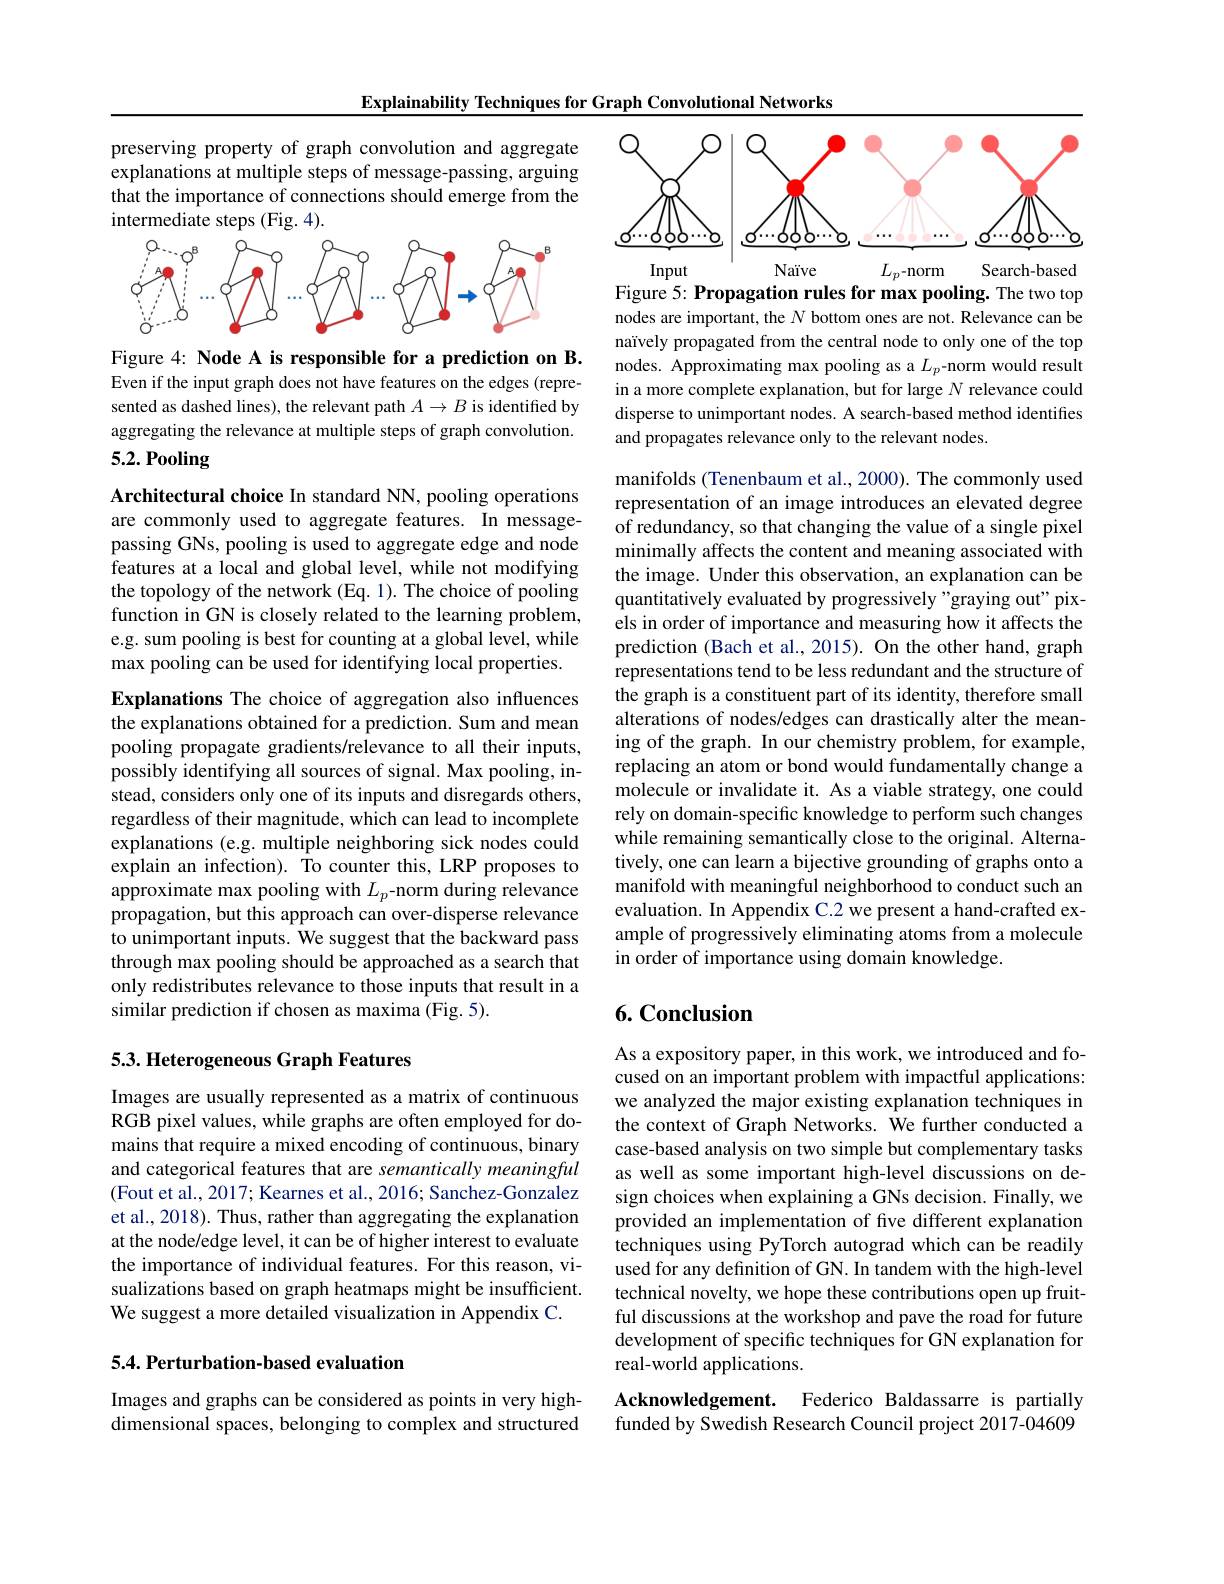
Explainability Techniques for Graph Convolutional Networks

preserving property of graph convolution and aggregate explanations at multiple steps of message-passing, arguing that the importance of connections should emerge from the intermediate steps (Fig. 4).

<FigureHere>

Figure 4: Node A is responsible for a prediction on B. Even if the input graph does not have features on the edges (represented as dashed lines), the relevant path $A\to B$ is identified by aggregating the relevance at multiple steps of graph convolution.

# 5.2. Pooling

Architectural choice In standard NN, pooling operations are commonly used to aggregate features. In messagepassing GNs, pooling is used to aggregate edge and node features at a local and global level, while not modifying the topology of the network (Eq. 1). The choice of pooling function in GN is closely related to the learning problem, e.g. sum pooling is best for counting at a global level, while max pooling can be used for identifying local properties.

Explanations The choice of aggregation also influences the explanations obtained for a prediction. Sum and mean pooling propagate gradients/relevance to all their inputs, possibly identifying all sources of signal. Max pooling, instead, considers only one of its inputs and disregards others, regardless of their magnitude, which can lead to incomplete explanations (e.g. multiple neighboring sick nodes could explain an infection). To counter this, LRP proposes to approximate max pooling with $L_p$-norm during relevance propagation, but this approach can over-disperse relevance to unimportant inputs. We suggest that the backward pass through max pooling should be approached as a search that only redistributes relevance to those inputs that result in a similar prediction if chosen as maxima (Fig. 5).

## 5.3. Heterogeneous Graph Features

Images are usually represented as a matrix of continuous RGB pixel values, while graphs are often employed for domains that require a mixed encoding of continuous, binary and categorical features that are semantically meaningful (Fout et al., 2017; Kearnes et al., 2016; Sanchez-Gonzalez et al., 2018). Thus, rather than aggregating the explanation at the node/edge level, it can be of higher interest to evaluate the importance of individual features. For this reason, visualizations based on graph heatmaps might be insufficient. We suggest a more detailed visualization in Appendix C.

## 5.4. Perturbation-based evaluation

Images and graphs can be considered as points in very highdimensional spaces, belonging to complex and structured

<FigureHere>
Figure 5: Propagation rules for max pooling. The two top

nodes are important, the $N$ bottom ones are not. Relevance can be naïvely propagated from the central node to only one of the top nodes. Approximating max pooling as a $L_p$-norm would result in a more complete explanation, but for large $N$ relevance could disperse to unimportant nodes. A search-based method identifies and propagates relevance only to the relevant nodes.

manifolds (Tenenbaum et al., 2000). The commonly used representation of an image introduces an elevated degree of redundancy, so that changing the value of a single pixel minimally affects the content and meaning associated with the image. Under this observation, an explanation can be quantitatively evaluated by progressively "graying out" pixels in order of importance and measuring how it affects the prediction (Bach et al.,2015). On the other hand, graph representations tend to be less redundant and the structure of the graph is a constituent part of its identity, therefore small alterations of nodes/edges can drastically alter the meaning of the graph. In our chemistry problem, for example, replacing an atom or bond would fundamentally change a molecule or invalidate it. As a viable strategy, one could rely on domain-specific knowledge to perform such changes while remaining semantically close to the original. Alternatively, one can learn a bijective grounding of graphs onto a manifold with meaningful neighborhood to conduct such an evaluation. In Appendix C.2 we present a hand-crafted example of progressively eliminating atoms from a molecule in order of importance using domain knowledge.

# 6. Conclusion

As a expository paper, in this work, we introduced and focused on an important problem with impactful applications: we analyzed the major existing explanation techniques in the context of Graph Networks. We further conducted a case-based analysis on two simple but complementary tasks as well as some important high-level discussions on design choices when explaining a GNs decision. Finally, we provided an implementation of five different explanation techniques using PyTorch autograd which can be readily used for any definition of GN. In tandem with the high-level technical novelty, we hope these contributions open up fruitful discussions at the workshop and pave the road for future development of specific techniques for GN explanation for real-world applications.

Acknowledgement. Federico Baldassarre is partially funded by Swedish Research Council project 2017-04609